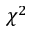
\chi ^ { 2 }